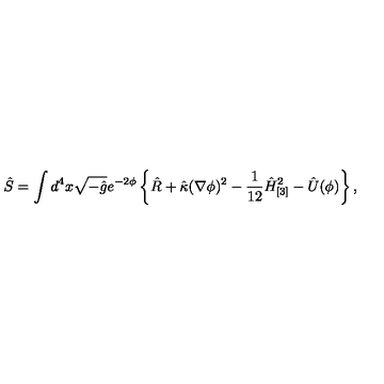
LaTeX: \hat { S } = \int d ^ { 4 } x \sqrt { - \hat { g } } e ^ { - 2 \phi } \left\{ \hat { R } + \hat { \kappa } ( \nabla \phi ) ^ { 2 } - \frac 1 { 1 2 } \hat { H } _ { [ 3 ] } ^ { 2 } - \hat { U } ( \phi ) \right\} ,